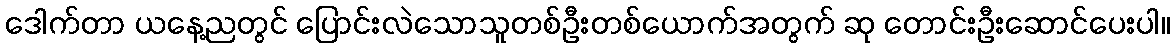
ဒေါက်တာ ယနေ့ညတွင် ပြောင်းလဲသောသူတစ်ဦးတစ်ယောက်အတွက် ဆု တောင်းဦးဆောင်ပေးပါ။